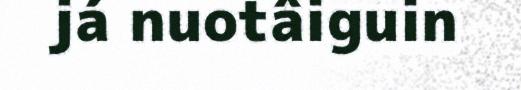
já nuotâiguin